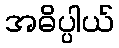
အဓိပ္ပါယ်